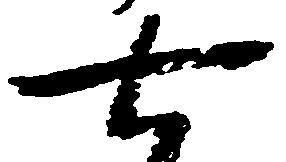
七